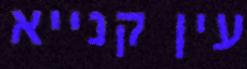
עין קנייא